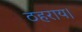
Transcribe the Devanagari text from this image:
ठहराय।